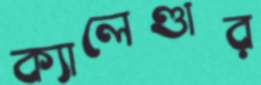
ক্যালেণ্ডার